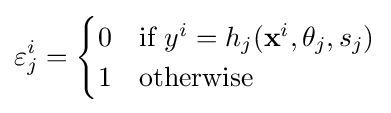
\varepsilon _{j}^{i}={\begin{cases}0&{\text{if }}y^{i}=h_{j}(\mathbf {x} ^{i},\theta _{j},s_{j})\\1&{\text{otherwise}}\end{cases}}